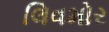
લિવમોર